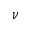
\nu